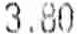
3.80